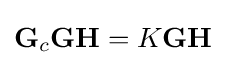
{\textbf {G}}_{c}{\textbf {G}}{\textbf {H}}=K{\textbf {G}}{\textbf {H}}